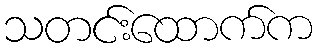
သတင်းထောက်က